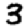
Digit: 3